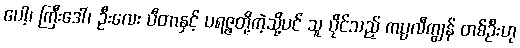
ပေါ့၊ ကြီးဒေါ်၊ ဦးလေး ပီတာနှင့် ပရဇ္ဇတို့ကဲ့သို့ပင် သူ ပိုင်သည့် ကပ္ပလီကျွန် တစ်ဦးဟု